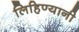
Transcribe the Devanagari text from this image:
लिहिण्यानी